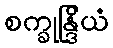
စက္ခုန္ဒြိယံ